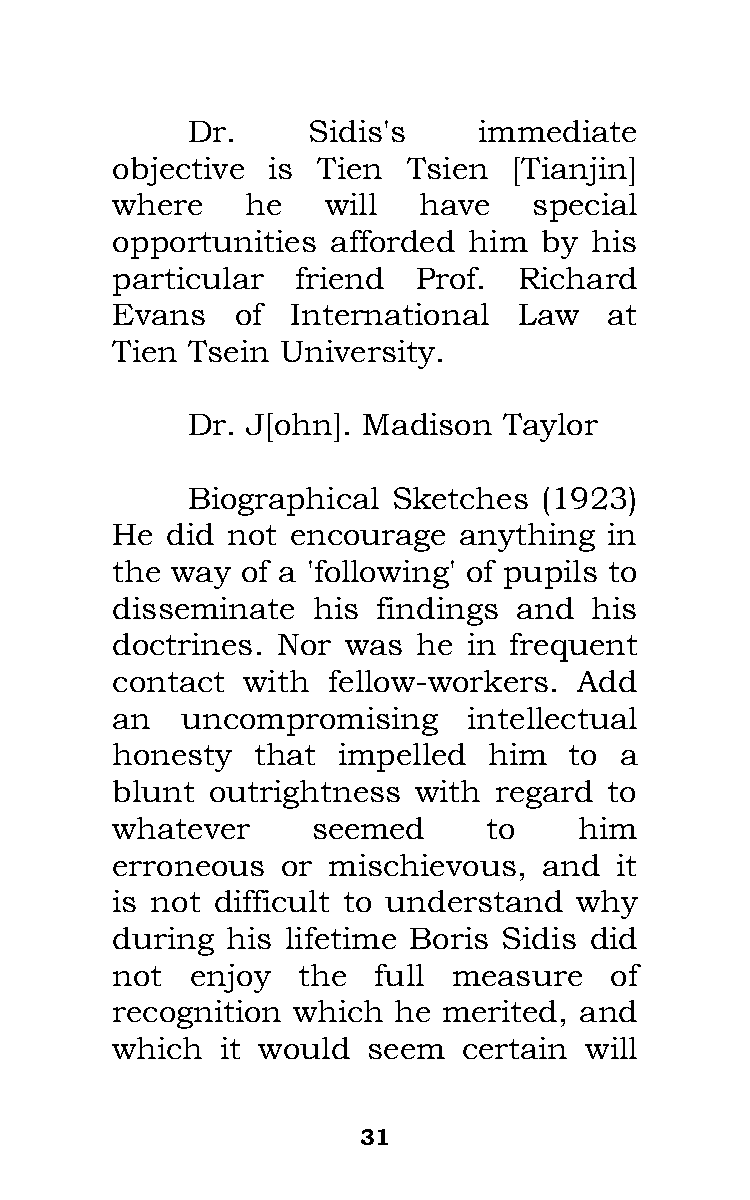
Dr.     Sidis's     immediate
 objective  is Tien  Tsien  [Tianjin]
 where    he    will  have   special
 opportunities  afforded him  by his
 particular   friend  Prof. Richard
 Evans    of International  Law   at
 Tien Tsein  University.
 Dr. J[ohn]. Madison  Taylor
 Biographical  Sketches  (1923)
 He  did not encourage  anything  in
 the way  of a 'following' of pupils to
 disseminate   his findings and  his
 doctrines. Nor  was  he in frequent
 contact  with  fellow-workers. Add
 an   uncompromising     intellectual
 honesty   that impelled  him   to a
 blunt  outrightness  with regard to
 whatever      seemed     to    him
 erroneous   or mischievous,  and  it
 is not difficult to understand why
 during  his lifetime Boris Sidis did
 not   enjoy  the  full measure   of
 recognition which  he merited, and
 which   it would seem   certain will
 31